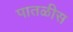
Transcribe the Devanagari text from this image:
पातळीस